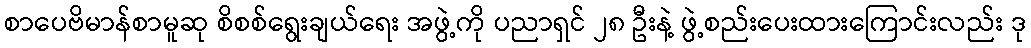
စာပေဗိမာန်စာမူဆု စိစစ်ရွေးချယ်ရေး အဖွဲ့ကို ပညာရှင် ၂၈ ဦးနဲ့ ဖွဲ့စည်းပေးထားကြောင်းလည်း ဒု